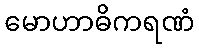
မောဟာဓိကရဏံ